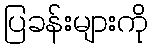
ပြခန်းများကို